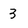
Character: 3